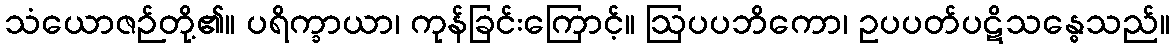
သံယောဇဉ်တို့၏။ ပရိက္ခာယာ၊ ကုန်ခြင်းကြောင့်။ ဩပပဘိကော၊ ဥပပတ်ပဋိသန္ဓေသည်။